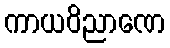
ကာယဝိညာဏေ